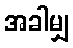
အခါမျှ